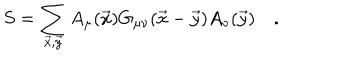
S = \sum _ { \vec { x } , \vec { y } } A _ { \mu } ( \vec { x } ) G _ { \mu \nu } ( \vec { x } - \vec { y } ) A _ { \nu } ( \vec { y } ) \quad .